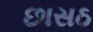
છાસઠ